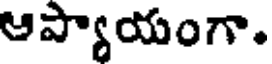
ఆప్యాయంగా.